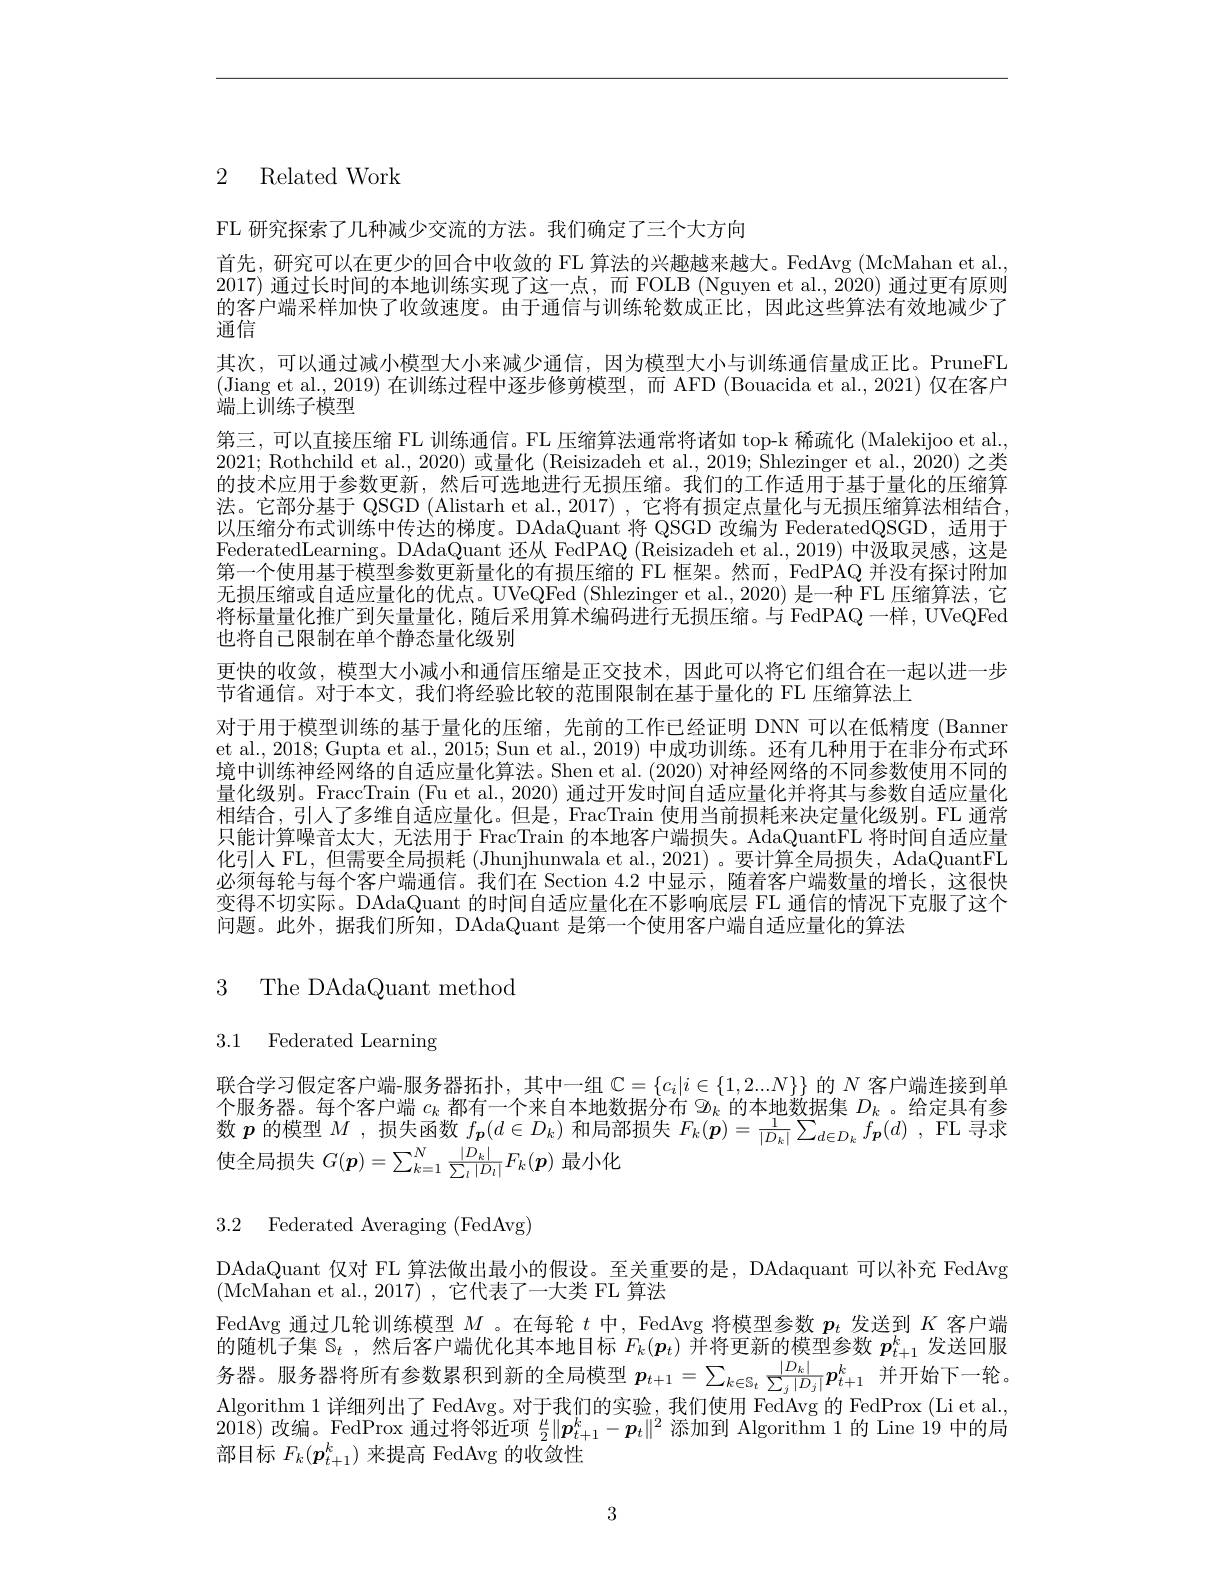
2 Related Work

FL 研究探索了几种减少交流的方法。我们确定了三个大方向
首先，研究可以在更少的回合中收敛的 FL 算法的兴趣越来越大。FedAvg (McMahan et al. 2017)通过长时间的本地训练实现了这一点，而 FOLB (Nguyen et al., 2020) 通过更有原则的客户端采样加快了收敛速度。由于通信与训练轮数成正比，因此这些算法有效地减少了通信
其次，可以通过减小模型大小来减少通信，因为模型大小与训练通信量成正比。PruneFL (Jiang et al., 2019) 在训练过程中逐步修剪模型，而 AFD (Bouacida et al., 2021) 仅在客户端上训练子模型
第三，可以直接压缩 FL 训练通信。FL 压缩算法通常将诸如 top-k 稀疏化 (Malekijoo et al., 2021; Rothchild et al., 2020) 或量化 (Reisizadeh et al., 2019; Shlezinger et al., 2020) 之类的技术应用于参数更新，然后可选地进行无损压缩。我们的工作适用于基于量化的压缩算法。它部分基于 QSGD (Alistarh et al., 2017) , 它将有损定点量化与无损压缩算法相结合以压缩分布式训练中传达的梯度。DAdaQuant 将 QSGD 改编为 FederatedQSGD, 适用于FederatedLearning。DAdaQuant 还从 FedPAQ (Reisizadeh et al.,2019) 中汲取灵感，这是第一个使用基于模型参数更新量化的有损压缩的 FL 框架。然而，FedPAQ 并没有探讨附加无损压缩或自适应量化的优点。UVeQFed (Shlezinger et al., 2020) 是一种 FL 压缩算法，它将标量量化推广到矢量量化，随后采用算术编码进行无损压缩。与 FedPAQ 一样，UVeQFed 也将自己限制在单个静态量化级别
更快的收敛，模型大小减小和通信压缩是正交技术，因此可以将它们组合在一起以进一步
节省通信。对于本文，我们将经验比较的范围限制在基于量化的 FL 压缩算法上
对于用于模型训练的基于量化的压缩，先前的工作已经证明 DNN 可以在低精度 (Banner et al., 2018; Gupta et al., 2015; Sun et al., 2019) 中成功训练。还有几种用于在非分布式环境中训练神经网络的自适应量化算法。Shen et al. (2020) 对神经网络的不同参数使用不同的量化级别。FraccTrain (Fu et al., 2020) 通过开发时间自适应量化并将其与参数自适应量化相结合，引人了多维自适应量化。但是，FracTrain 使用当前损耗来决定量化级别。FL 通常只能计算噪音太大，无法用于 FracTrain 的本地客户端损失。AdaQuantFL 将时间自适应量化引人 FL, 但需要全局损耗 (Jhunjhunwala et al.,2021)。要计算全局损失，AdaQuantFL 必须每轮与每个客户端通信。我们在 Section 4.2 中显示，随着客户端数量的增长，这很快变得不切实际。DAdaQuant 的时间自适应量化在不影响底层 FL 通信的情况下克服了这个问题。此外，据我们所知，DAdaQuant 是第一个使用客户端自适应量化的算法

3 The DAdaQuant method

3.1 Federated Learning

联合学习假定客户端-服务器拓扑，其中一组$\mathbb{C}=\{c_i|i\in\{1,2...N\}\}$的$N$客户端连接到单个服务器。每个客户端$c_k$都有一个来自本地数据分布$\Sigma_k$的本地数据集$D_k$ 。给定具有参数$p$的模型$M$ ,损失函数$f_{\boldsymbol{p}}(d\in D_k)$和局部损失$F_k(\boldsymbol{p})=\frac1{|D_k|}\sum_{d\in D_k}f_{\boldsymbol{p}}(d)$ ,FL 寻求使全局损失$G(\boldsymbol{p})=\sum_{k=1}^N\frac{|D_k|}{\sum_l|D_l|}F_k(\boldsymbol{p})$最小化

3.2 Federated Averaging (FedAvg)

DAdaQuant 仅对 FL 算法做出最小的假设。至关重要的是，DAdaquant 可以补充 FedAvg
$( {\mathrm{McMahan~et~al. , 2017}})$ ,它代表了一大类 FL 算法

FedAvg 通过几轮训练模型$M$ 。在每轮$t$中，FedAvg 将模型参数$p_t$发送到$K$客户端的随机子集$\mathcal{S}_t$ ,然后客户端优化其本地目标$F_k(\boldsymbol{p}_t)$并将更新的模型参数$p_t+1^k$发送回服务器。服务器将所有参数累积到新的全局模型$\boldsymbol p_{t+1}=\sum_{k\in\mathbb{S}_t}\frac{|D_k|}{\sum_j|D_j|}p_{t+1}^k$并开始下一轮。Algorithm 1 详细列出了 FedAvg。对于我们的实验，我们使用 FedAvg 的 FedProx (Li et al., $20\bar{18})$改编。FedProx 通过将邻近项$\frac\mu2\|\boldsymbol{p}_{t+1}^k-\boldsymbol{p}_t\|^2$添加到 Algorithm 1 的 Line 19 中的局部目标$F_k(\boldsymbol{p}_{t+1}^k)$来提高 FedAvg 的收敛性

3